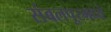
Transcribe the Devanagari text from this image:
संबलपूरमध्ये